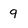
Character: q